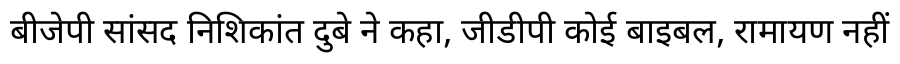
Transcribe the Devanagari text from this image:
बीजेपी सांसद निशिकांत दुबे ने कहा, जीडीपी कोई बाइबल, रामायण नहीं